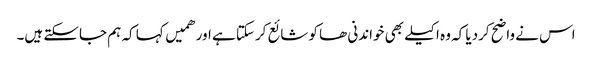
اس نے واضح کردیا کہ وہ اکیلے بھی خواندنی ھا کو شائع کرسکتا ہے اور ھمیں کہا کہ ہم جاسکتے ہیں۔